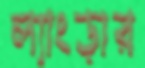
ল্যাংড়ার